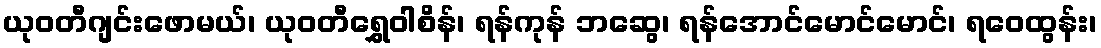
ယုဝတီဂျင်းဖောမယ်၊ ယုဝတီရွှေဝါစိန်၊ ရန်ကုန် ဘဆွေ၊ ရန်အောင်မောင်မောင်၊ ရဝေထွန်း၊